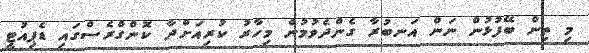
މި ތިން ބޭފުޅުން ނަން އަނބުރާ ގެންދެވުމުން މިހާރު ކުރިއަށްދާ ކޮންގްރެސްގައި ޑެޕިއުޓީ